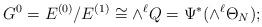
LaTeX: \begin{align*}G^0= E^{(0)} / E^{(1)}\cong \wedge^\ell Q=\Psi^*(\wedge^{\ell} \Theta_N);\end{align*}